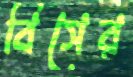
বিসের